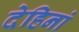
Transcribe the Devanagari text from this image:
देहिनां